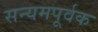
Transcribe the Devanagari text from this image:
सन्यमपूर्वक